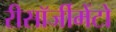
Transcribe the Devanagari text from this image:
रीसॉर्जीमेंटो